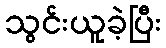
သွင်းယူခဲ့ပြီး